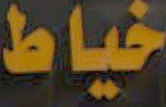
خياط